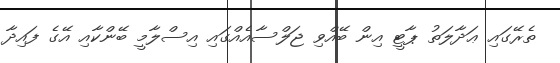
ތެރޭގައި ޢަދާލަތު ޕާޓީ އިން ބޭއްވި ޖަލްސާއެއްގައި އިސްލާމީ ބޭންކާއި އޭގެ ފައިދާ